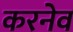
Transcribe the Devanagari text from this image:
करनेव